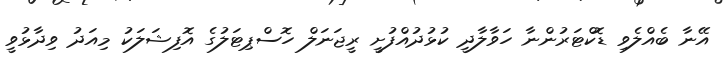
އޭނާ ބެއްލެވި ޑޮކްޓަރުންނާ ހަވާލާދީ ކުޅުދުއްފުށީ ރީޖަނަލް ހޮސްޕިޓަލުގެ އޮފިޝަލަކު މިއަދު ވިދާޅުވީ